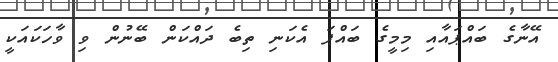
އޭނާގެ ބައްޕައާއި މިމީގެ ބައްޕަ އެކަނި ތިބެ ދައްކަން ބޭނުން ވި ވާހަކައަކީ